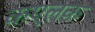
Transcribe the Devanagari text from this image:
कएलक